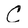
Character: C